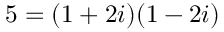
5 = ( 1 + 2 i ) ( 1 - 2 i )